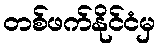
တစ်ဖက်နိုင်ငံမှ